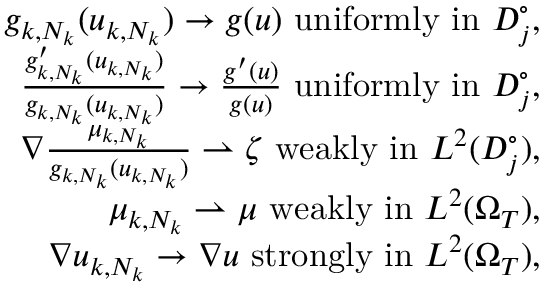
\begin{array} { r l r } & { } & { g _ { k , N _ { k } } ( u _ { k , N _ { k } } ) \rightarrow g ( u ) \mathrm { ~ u n i f o r m l y ~ i n ~ } D _ { j } ^ { \circ } , } \\ & { } & { \frac { g _ { k , N _ { k } } ^ { \prime } ( u _ { k , N _ { k } } ) } { g _ { k , N _ { k } } ( u _ { k , N _ { k } } ) } \rightarrow \frac { g ^ { \prime } ( u ) } { g ( u ) } \mathrm { ~ u n i f o r m l y ~ i n ~ } D _ { j } ^ { \circ } , } \\ & { } & { \nabla \frac { \mu _ { k , N _ { k } } } { g _ { k , N _ { k } } ( u _ { k , N _ { k } } ) } \rightharpoonup \zeta \mathrm { ~ w e a k l y ~ i n ~ } L ^ { 2 } ( D _ { j } ^ { \circ } ) , } \\ & { } & { \mu _ { k , N _ { k } } \rightharpoonup \mu \mathrm { ~ w e a k l y ~ i n ~ } L ^ { 2 } ( \Omega _ { T } ) , } \\ & { } & { \nabla u _ { k , N _ { k } } \rightarrow \nabla u \mathrm { ~ s t r o n g l y ~ i n ~ } L ^ { 2 } ( \Omega _ { T } ) , } \end{array}